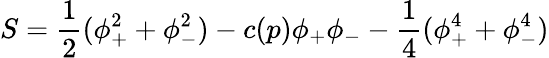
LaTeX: S={\frac{1}{2}}(\phi_{+}^{2}+\phi_{-}^{2})-c(p)\phi_{+}\phi_{-}-{\frac{1}{4}}(\phi_{+}^{4}+\phi_{-}^{4})